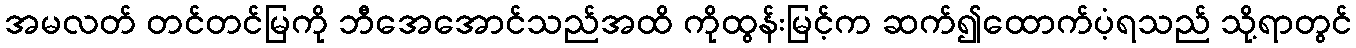
အမလတ် တင်တင်မြကို ဘီအေအောင်သည်အထိ ကိုထွန်းမြင့်က ဆက်၍ထောက်ပံ့ရသည် သို့ရာတွင်